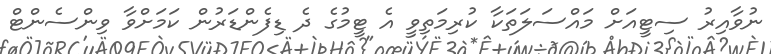
ނުވާއިރު ސިޓީއަށް މައްސަލަތަކާ ކުރިމަތިވީ އެ ޓީމުގެ ދެ ޑިފެންޑަރުން ކަމަށްވާ ވިންސެންޓް